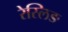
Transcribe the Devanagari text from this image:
रेस्लिङ